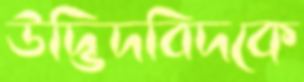
উদ্ভিদবিদকে